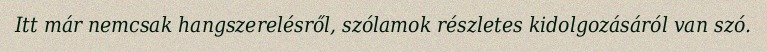
Itt már nemcsak hangszerelésről, szólamok részletes kidolgozásáról van szó.